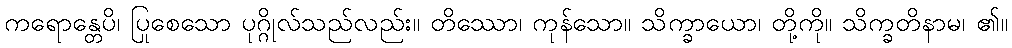
ကရောန္တေပိ၊ ပြုစေသော ပုဂ္ဂိုလ်သည်လည်း။ တိဿော၊ ကုန်သော။ သိက္ခာယော၊ တို့ကို။ သိက္ခတိနာမ၊ ၏။